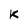
Character: K